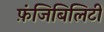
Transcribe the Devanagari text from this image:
फ़ंजिबिलिटी